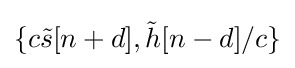
\{c{\tilde {s}}[n+d],{\tilde {h}}[n-d]/c\}